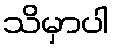
သိမှာပါ